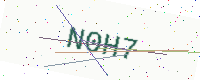
Text: N0H7